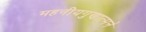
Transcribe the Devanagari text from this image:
महनीयगुणात्मने